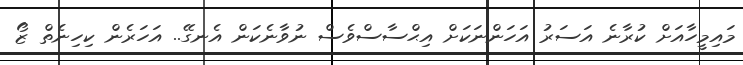
މައިމީހާއަށް ކުރާނެ އަސަރު އަހަންނަކަށް އިޙްސާސްވެސް ނުވާނެކަން އެނގޭ.. އަހަރެން ކިހިނެތް ޒޯ